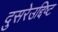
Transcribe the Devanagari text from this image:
दुसरेउद्दिष्ट